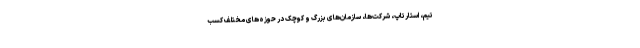
تیم، استارتاپ، شرکت‌ها، سازمان‌های بزرگ و کوچک در حوزه‌های مختلف کسب